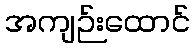
အကျဉ်းထောင်